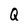
Character: Q